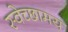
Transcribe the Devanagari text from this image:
स्वेच्छामय